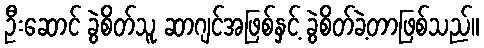
ဦးဆောင် ခွဲစိတ်သူ ဆာဂျင်အဖြစ်နှင့် ခွဲစိတ်ခဲ့တာဖြစ်သည်။